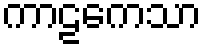
ကာဠကေသာ